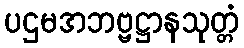
ပဌမအဘဗ္ဗဋ္ဌာနသုတ္တံ